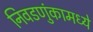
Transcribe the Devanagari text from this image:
निवडणुंकामध्ये